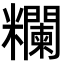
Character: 𥽭